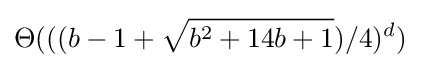
\Theta (((b-1+{\sqrt {b^{2}+14b+1}})/4)^{d})